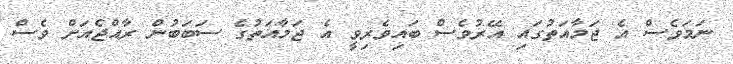
ނަމަވެސް އެ ޖަމާއަތުގައި އޭރުވެސް ބައިވެރިވީ އެ ޖަމާއަތުގެ ސަބަބުން ރާއްޖެއަށް ވެސް